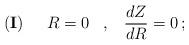
LaTeX: \begin{align*}{\bf{(I)}} \;\;\;\;\;R=0\;\;\; ,\;\;\;\frac{dZ}{dR}=0 \, ;\end{align*}